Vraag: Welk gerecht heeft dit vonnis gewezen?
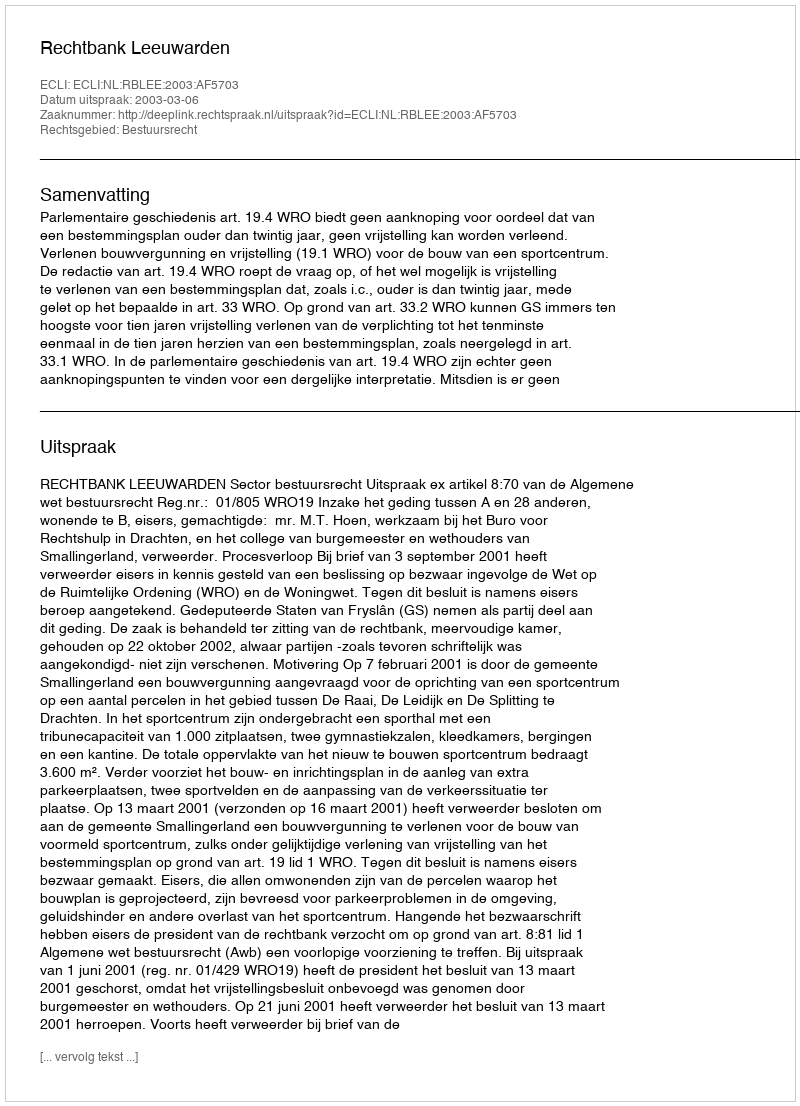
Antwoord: Rechtbank Leeuwarden